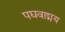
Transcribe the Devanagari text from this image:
पद्यवाड्मय